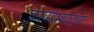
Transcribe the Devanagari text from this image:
काव्यप्रकारांवर